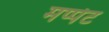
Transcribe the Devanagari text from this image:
मप्पेट